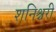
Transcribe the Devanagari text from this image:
शनिश्चरी